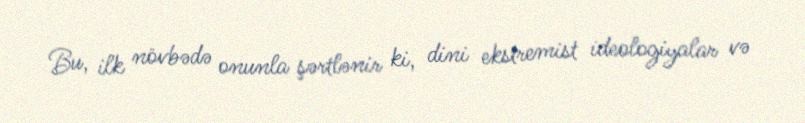
Bu, ilk növbədə onunla şərtlənir ki, dini ekstremist ideologiyalar və